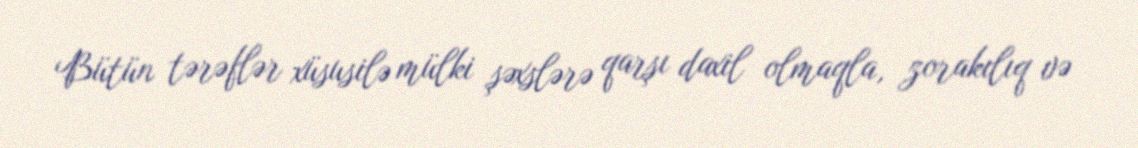
Bütün tərəflər xüsusilə mülki şəxslərə qarşı daxil olmaqla, zorakılıq və